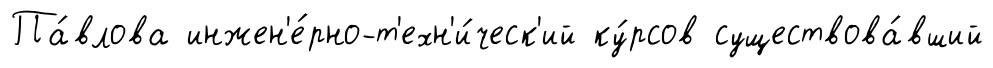
Па́влова инжен'е́рно-т'ехн'и́ческ'ий ку́рсов существова́вший